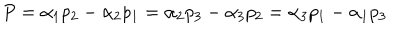
P = \alpha _ { 1 } p _ { 2 } - \alpha _ { 2 } p _ { 1 } = \alpha _ { 2 } p _ { 3 } - \alpha _ { 3 } p _ { 2 } = \alpha _ { 3 } p _ { 1 } - \alpha _ { 1 } p _ { 3 }